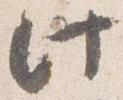
此